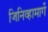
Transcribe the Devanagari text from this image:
जिनिव्हामार्गे